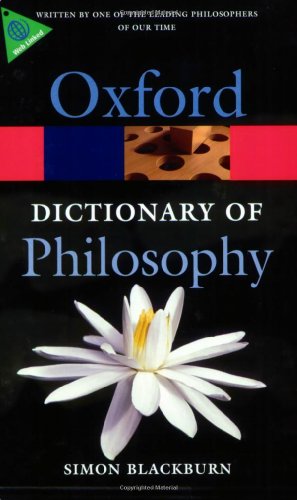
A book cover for The Oxford Dictionary of Philosophy (Oxford Quick Reference); Simon Blackburn; Politics & Social Sciences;